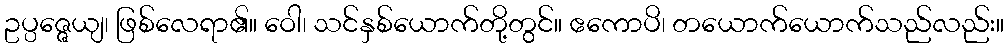
ဥပ္ပဇ္ဇေယျ၊ ဖြစ်လေရာ၏။ ဝေါ၊ သင်နှစ်ယောက်တို့တွင်။ ဧကောပိ၊ တယောက်ယောက်သည်လည်း။